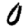
Digit: 0